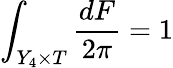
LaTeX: \int_{Y_{4}\times T}\frac{dF}{2\pi}=1